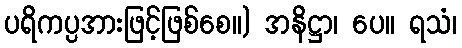
ပရိကပ္ပအားဖြင့်ဖြစ်စေ။) အနိဋ္ဌာ၊ ပေ။ ရသံ၊